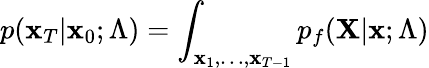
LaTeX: p(\mathbf{x}_{T}|\mathbf{x}_{0};\Lambda)=\int_{\mathbf{x}_{1},\dots,\mathbf{x}_{T-1}}p_{f}(\mathbf{X}|\mathbf{x};\Lambda)